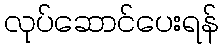
လုပ်ဆောင်ပေးရန်